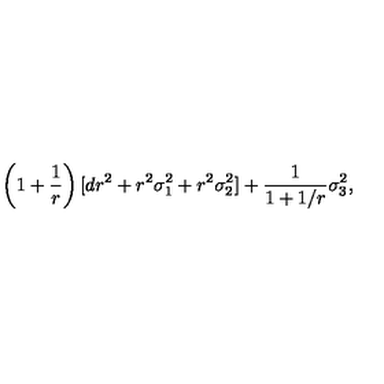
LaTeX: \left( 1 + \frac { 1 } { r } \right) [ d r ^ { 2 } + r ^ { 2 } \sigma _ { 1 } ^ { 2 } + r ^ { 2 } \sigma _ { 2 } ^ { 2 } ] + \frac { 1 } { 1 + 1 / r } \sigma _ { 3 } ^ { 2 } ,